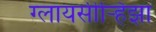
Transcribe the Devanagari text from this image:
ग्लायसीर्‍हिझा